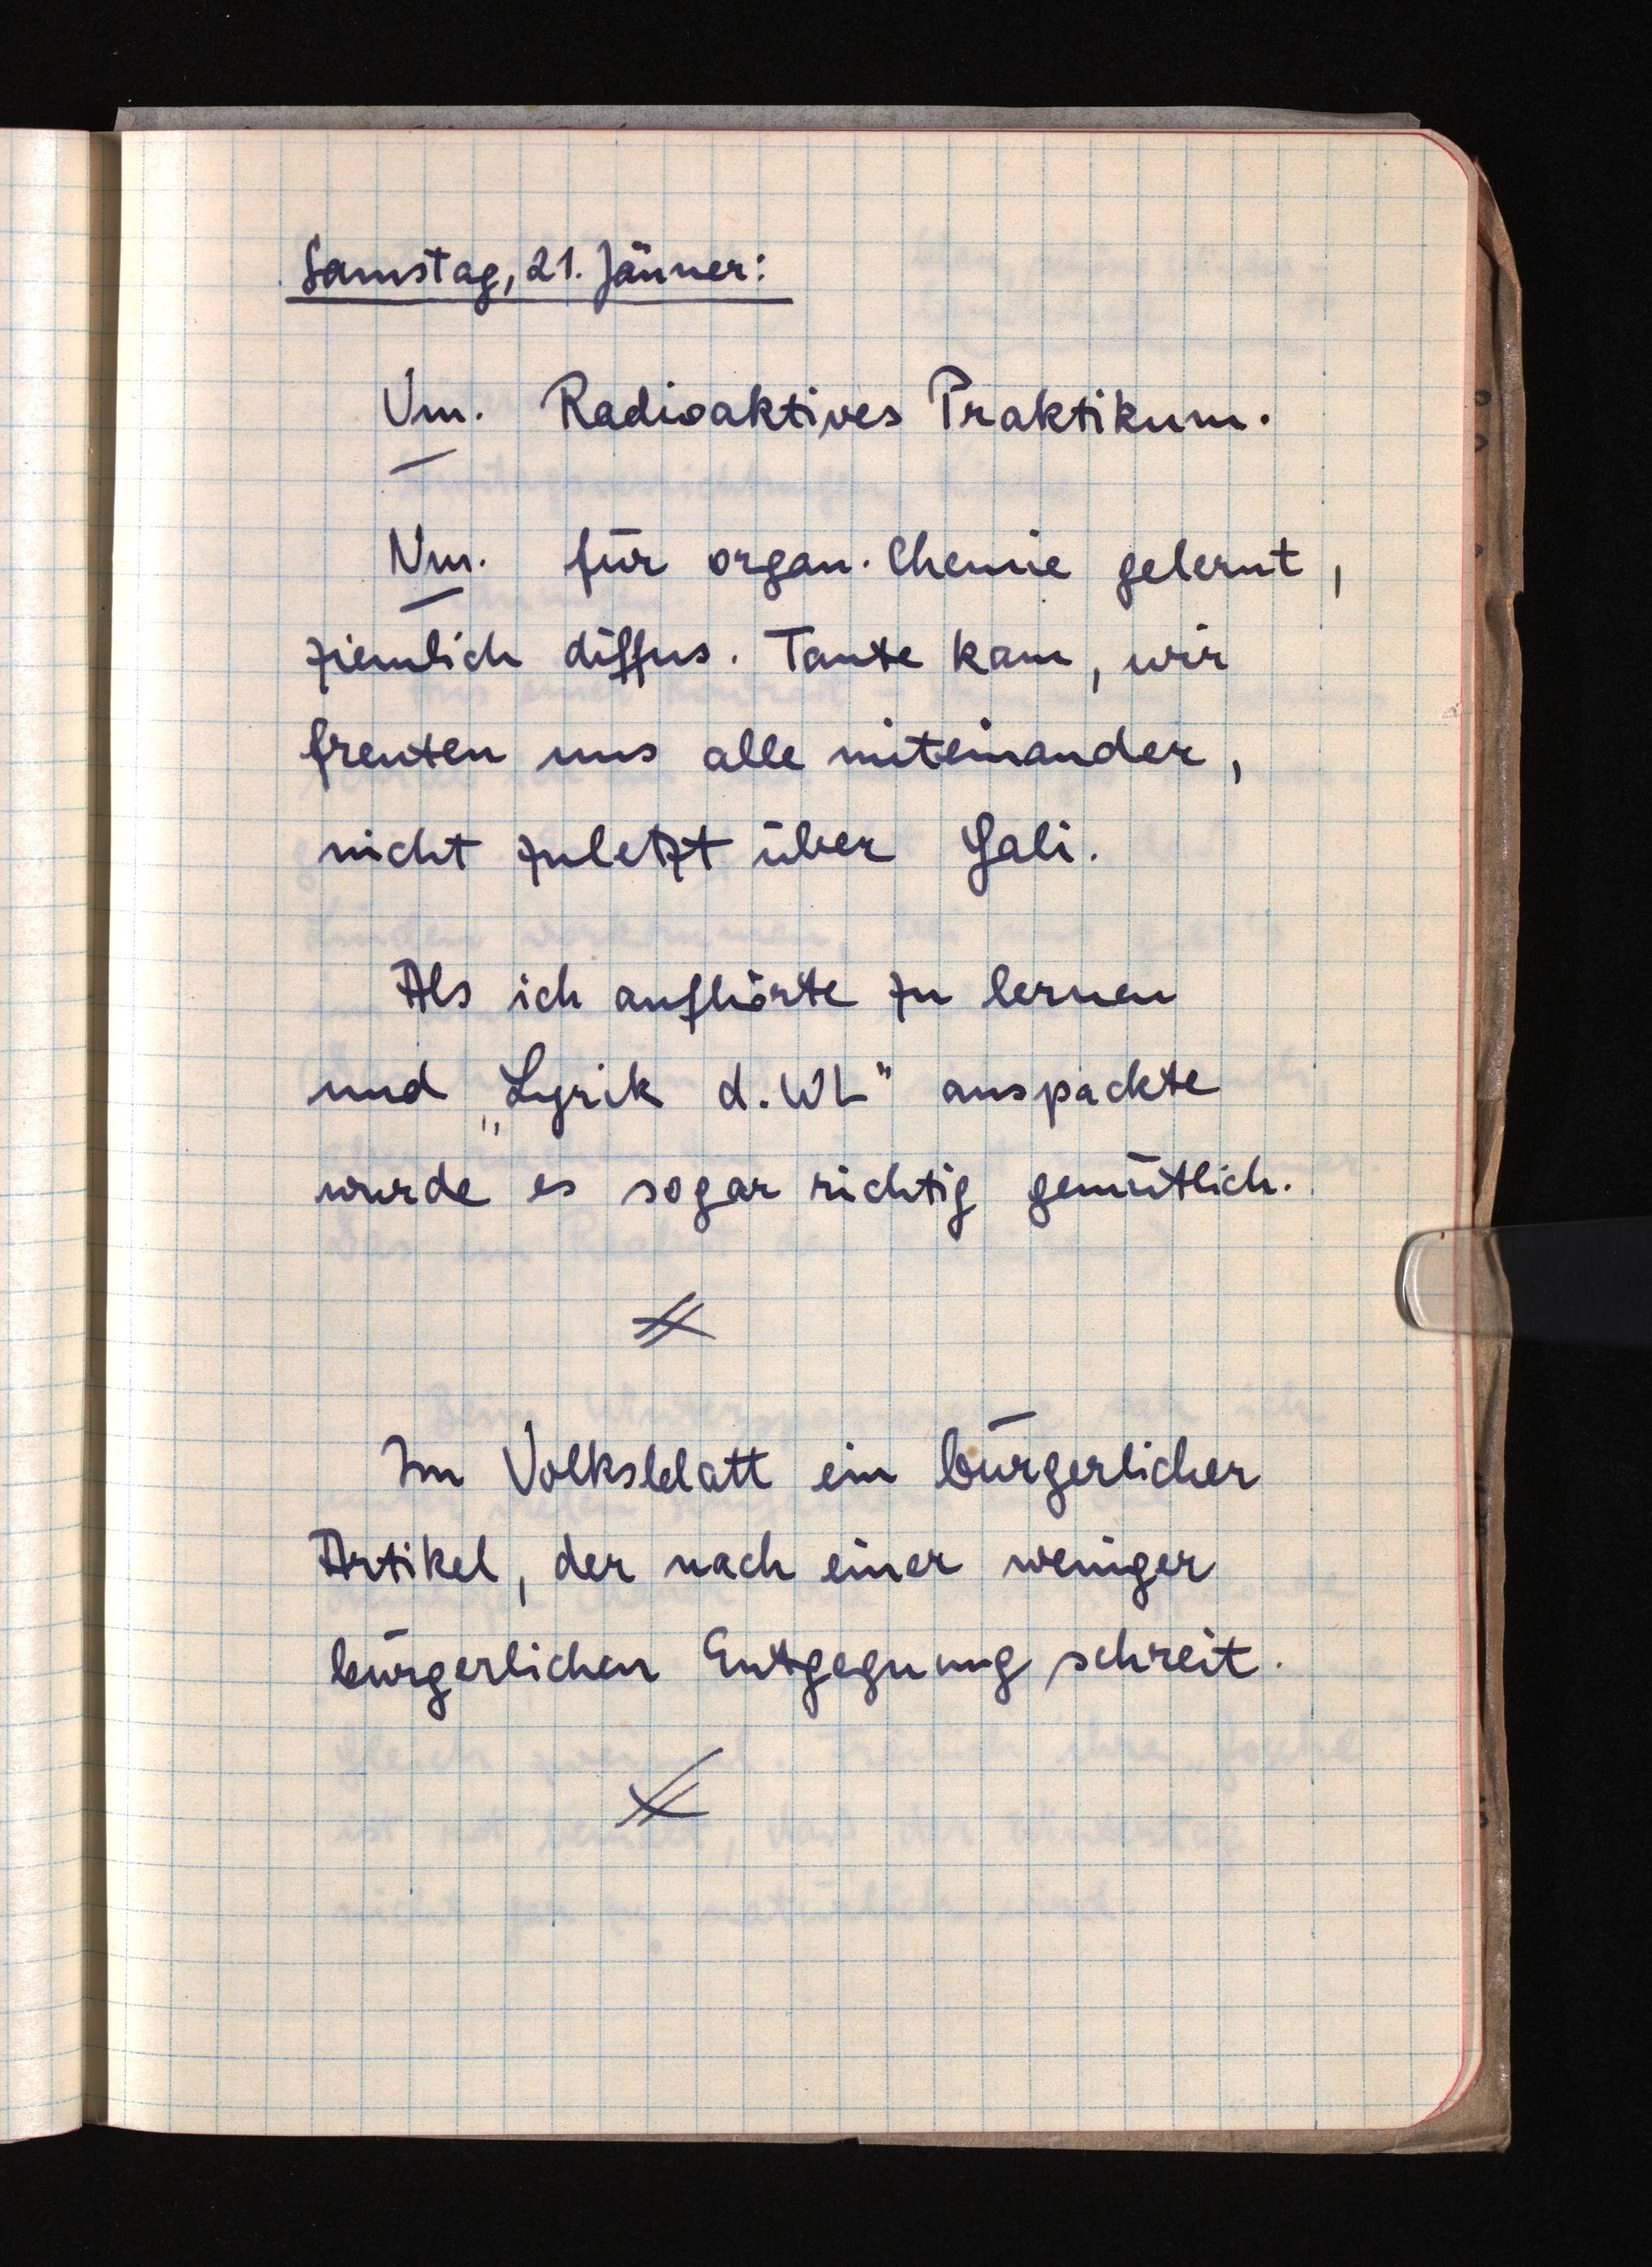
Samstag, 21. Jänner:
Vm. Radioaktives Praktikum.
Nm. für organ. Chemie gelernt,
ziemlich diffus. Tante kam, wir
freuten uns alle miteinander,
nicht zuletzt über Gali.
Als ich aufhörte zu lernen
und "Lyrik d. WL" auspackte
wurde es sogar richtig gemütlich.
Im Volksblatt ein bürgerlicher
Artikel, der nach einer weniger
bürgerlichen Entgegnung schreit.